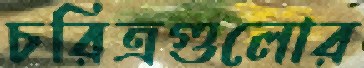
চরিত্রগুলোর